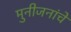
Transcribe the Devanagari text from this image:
मुनीजनांचे